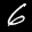
Label: 6